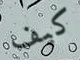
كيف